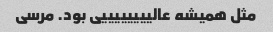
مثل همیشه عالییییییییی بود. مرسی